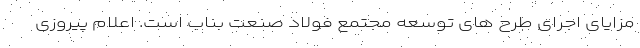
مزایای اجرای طرح های توسعه مجتمع فولاد صنعت بناب است. اعلام پیروزی